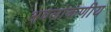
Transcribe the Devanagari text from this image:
अवलोकणीय